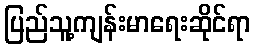
ပြည်သူ့ကျန်းမာရေးဆိုင်ရာ